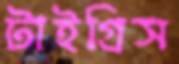
টাইগ্রিস